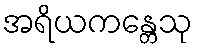
အရိယကန္တေသု